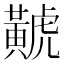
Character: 𪏐